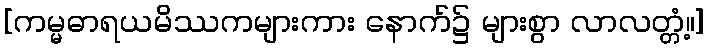
[ကမ္မဓာရယမိဿကများကား နောက်၌ များစွာ လာလတ္တံ့။]